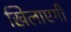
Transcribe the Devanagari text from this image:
खिलाएगी